Annual administration report of the Civil Veterinary Department of India - 1892-1893
Year: 1892
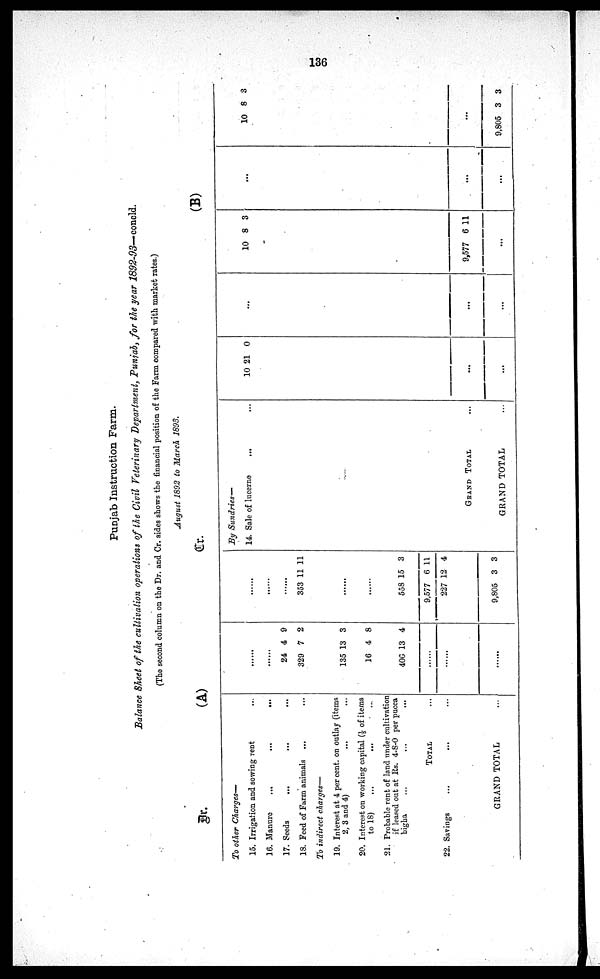
136
Punjab Instruction Farm.
Balance Sheet of the cultivation operations of the Civil Veterinary Department, Punjab, for the year 1892-93— concld.
(The second column on the Dr. and Cr. sides shows the financial position of the Farm compared with market rates.)
August 1892 to March 1893.
Cr.
To other Charges—
15. Irrigation and sowing rent ...
16. Manure
...
...
...
17. Seeds ... ... ...
18. Feed of Farm animals
To indirect charges—
19. Interest at 4 per cent. on outlay (items
2, 3 and 4) ... ...
20. Interest on working capital (1/5 of items
to 18) ... ... ...
21. Probable rent of land under cultivation
if leased out at Rs. 4-8-0 per pucca
bigha ... ... ...
TOTAL ...
22. Savings ... ... ...
GRAND TOTAL ...
(A)
......
......
24
329
4
7
9
2
135
16
406
13
4
13
3
8
4
......
......
......
......
......
353 11 11
......
......
558
9,577
227
15
6
12
3
11
4
9,805 3 3
Dr.
By
Sundries—
14. Sale of lucerne
... ...
GRAND TOTAL ...
GRAND TOTAL ...
10 21 0
...
...
...
...
...
(B)
10 8 3
9,577 6 11
...
...
...
...
10 8 3
...
9,805 3 3